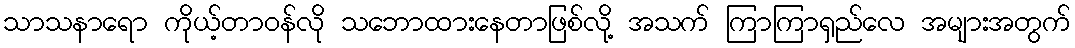
သာသနာရော ကိုယ့်တာဝန်လို သဘောထားနေတာဖြစ်လို့ အသက် ကြာကြာရှည်လေ အများအတွက်